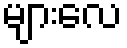
များလေ